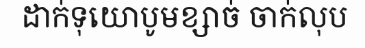
ដាក់ទុយោបូមខ្សាច់ ចាក់លុប